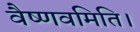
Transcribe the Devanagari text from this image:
वैष्णवमिति।